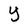
Character: Y